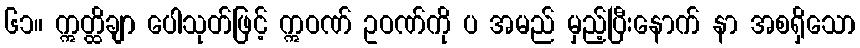
၆၁။ ဣတ္ထိချာ ပေါသုတ်ဖြင့် ဣဝဏ် ဥဝဏ်ကို ပ အမည် မှည့်ပြီးနောက် နာ အစရှိသော